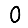
Digit: 0